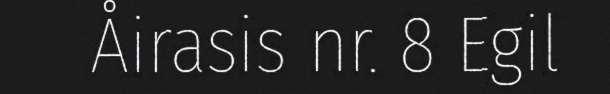
Åirasis nr. 8 Egil